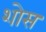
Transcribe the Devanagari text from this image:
शोस